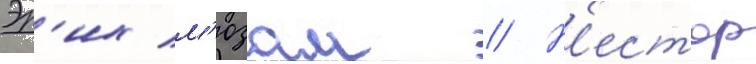
Эр'их м'юзам // Н'естор